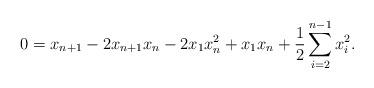
LaTeX: \begin{align*} 0=x_{n+1} -2x_{n+1}x_n - 2 x_1 x_n^2 + x_1 x_{n} + \frac12 \sum_{i=2}^{n-1} x_i^2.\end{align*}